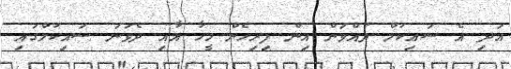
އަދި އެ ސައިކަލް ދުއްވަން އިން ފިރިހެން މީހާ އާއި ދެވަނަ ސައިކަލްގައި